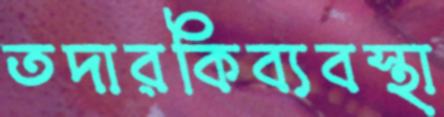
তদারকিব্যবস্থা